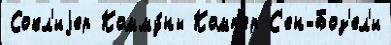
Сокл'иjер Комму́ны Комп'ер С'ен-Боз'ел'и